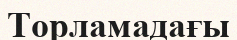
Торламадағы